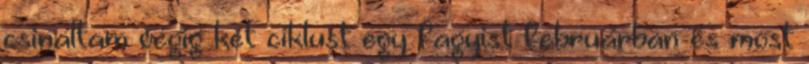
csináltam végig két ciklust egy fagyist februárban és most